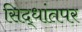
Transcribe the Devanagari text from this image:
सिद्धांतपर